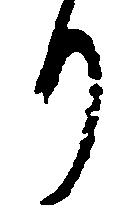
り